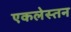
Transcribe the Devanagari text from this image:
एकलेस्तन